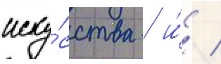
иску́сства / и́ /